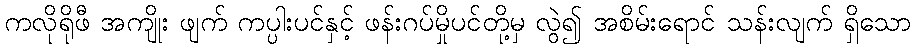
ကလိုရိုဖီ အကျိုး ဖျက် ကပ္ပါးပင်နှင့် ဖန်းဂပ်မှိုပင်တို့မှ လွဲ၍ အစိမ်းရောင် သန်းလျက် ရှိသော